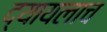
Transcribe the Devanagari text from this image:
द्यायलाच